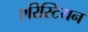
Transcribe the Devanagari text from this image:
एरिस्टियन